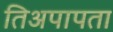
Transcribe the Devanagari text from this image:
तिअपापता